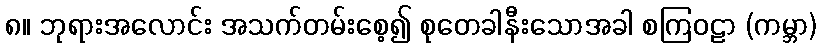
၈။ ဘုရားအလောင်း အသက်တမ်းစေ့၍ စုတေခါနီးသောအခါ စကြဝဠာ (ကမ္ဘာ)